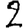
Digit: 2